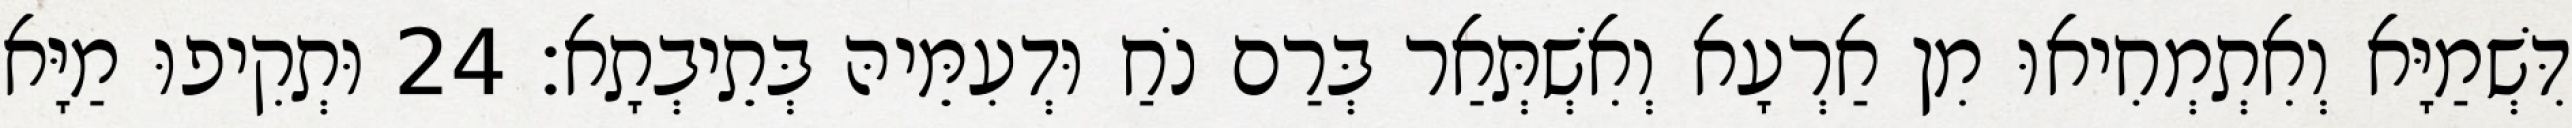
דִּשְׁמַיָּא וְאִתְמְחִיאוּ מִן אַרְעָא וְאִשְׁתְּאַר בְּרַם נֹחַ וּדְעִמֵּיהּ בְּתֵיבְתָא׃ 24 וּתְקִיפוּ מַיָּא